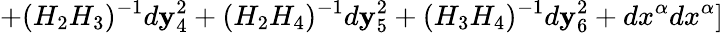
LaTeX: +(H_{2}H_{3})^{-1}d\mathbf{y}_{4}^{2}+(H_{2}H_{4})^{-1}d\mathbf{y}_{5}^{2}+(H_{3}H_{4})^{-1}d\mathbf{y}_{6}^{2}+dx^{\alpha}dx^{\alpha}]